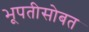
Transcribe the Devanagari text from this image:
भूपतीसोबत